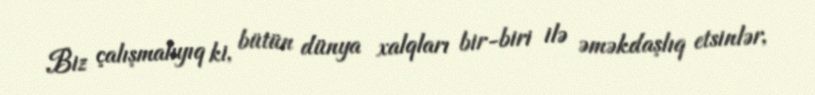
Biz çalışmalıyıq ki, bütün dünya xalqları bir-biri ilə əməkdaşlıq etsinlər,